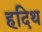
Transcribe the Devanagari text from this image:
हदिथ